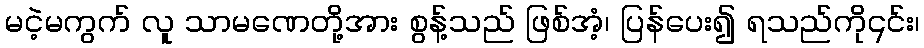
မငဲ့မကွက် လူ သာမဏေတို့အား စွန့်သည် ဖြစ်အံ့၊ ပြန်ပေး၍ ရသည်ကို၎င်း၊